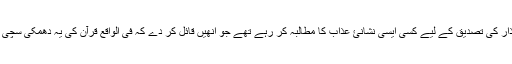
مخاطب اس میں وہ مکذبین ہیں جو قرآن کے انذار کی تصدیق کے لیے کسی ایسی نشانئ عذاب کا مطالبہ کر رہے تھے جو انھیں قائل کر دے کہ فی الواقع قرآن کی یہ دھمکی سچی ہو کے رہے گی اگر وہ اس کو جھٹلاتے رہے۔